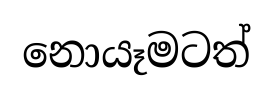
නොයෑමටත්